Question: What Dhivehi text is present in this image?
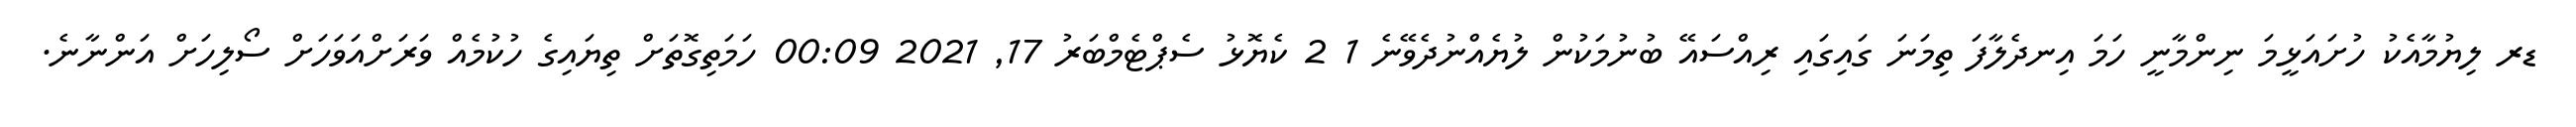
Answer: ޑރ ލިޔުމާއެކު ހުށައަޅީމަ ނިންމާނީ ހަމަ އިނދެލާފަ ތިމަނަ ގައިގައި ރިއްސައޭ ބުނުމަކުން ލުޔެއްނުދެވޭނެ 1 2 ކެޔޮޅު ސެޕްޓެމްބަރު 17, 2021 00:09 ހަމަތިގޮތަށް ތިޔައިގެ ހުކުމެއް ވަރަށްއަވަހަށް ސޯލިހަށް އަންނާނެ.